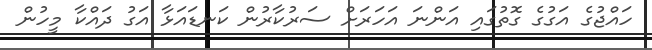
ހައްޖުގެ އަގުގެ ގޮތުގައި އަންނަ އަހަރަށް ސަރުކާރުން ކަނޑައަޅާ އަގު ދައްކާ މީހުން